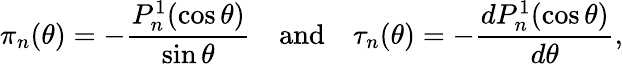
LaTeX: \pi_{n}(\theta)=-\frac{P_{n}^{1}(\cos\theta)}{\sin\theta}\quad\mathrm{and}\quad\tau_{n}(\theta)=-\frac{dP_{n}^{1}(\cos\theta)}{d\theta},